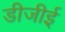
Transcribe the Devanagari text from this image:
डीजीई